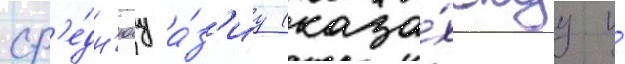
ср'е́дн'юу а́з'иу (каза́хскуу и́